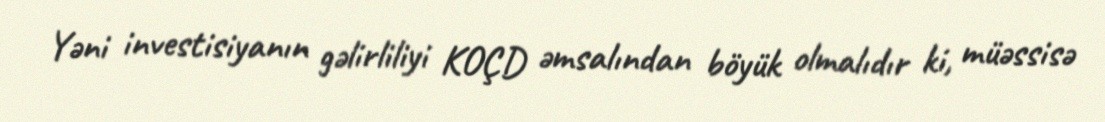
Yəni investisiyanın gəlirliliyi KOÇD əmsalından böyük olmalıdır ki, müəssisə